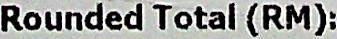
ROUNDED TOTAL (RM):